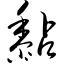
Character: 黏